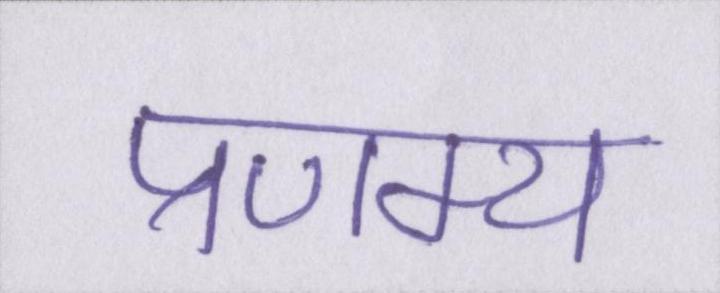
प्रणम्य